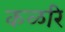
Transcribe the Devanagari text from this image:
कळरि